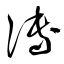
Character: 傅